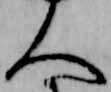
人